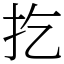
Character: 扢